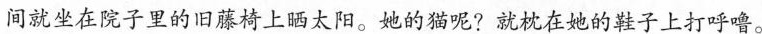
间就坐在院子里的旧藤椅上晒太阳。她的猫呢?就枕在她的鞋子上打呼噜。